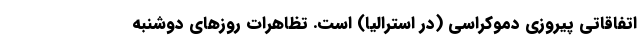
اتفاقاتی پیروزی دموکراسی (در استرالیا) است. تظاهرات روز‌های دوشنبه